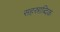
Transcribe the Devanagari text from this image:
सहस्राब्दिक